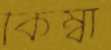
কিম্বা